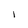
Character: l